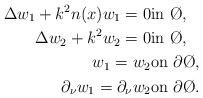
LaTeX: \begin{align*}\Delta w_1+k^2n(x)w_1=0&\mbox{in }\O,\\\Delta w_2+k^2w_2=0&\mbox{in }\O,\\w_1=w_2&\mbox{on }\partial \O,\\\partial_\nu w_1=\partial_\nu w_2&\mbox{on }\partial \O.\end{align*}